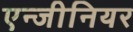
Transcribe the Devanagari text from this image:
एन्जीनियर